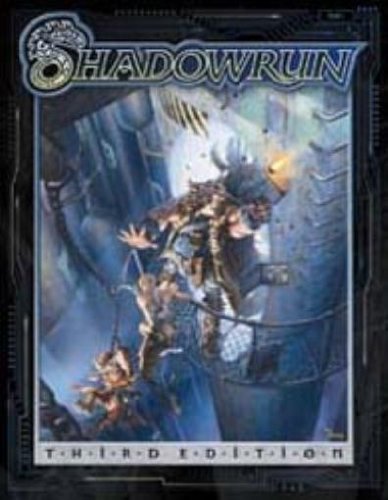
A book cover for Shadowrun: Third Edition (FPR25000); FanPro; Science Fiction & Fantasy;